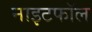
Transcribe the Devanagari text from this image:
नाइटफॉल